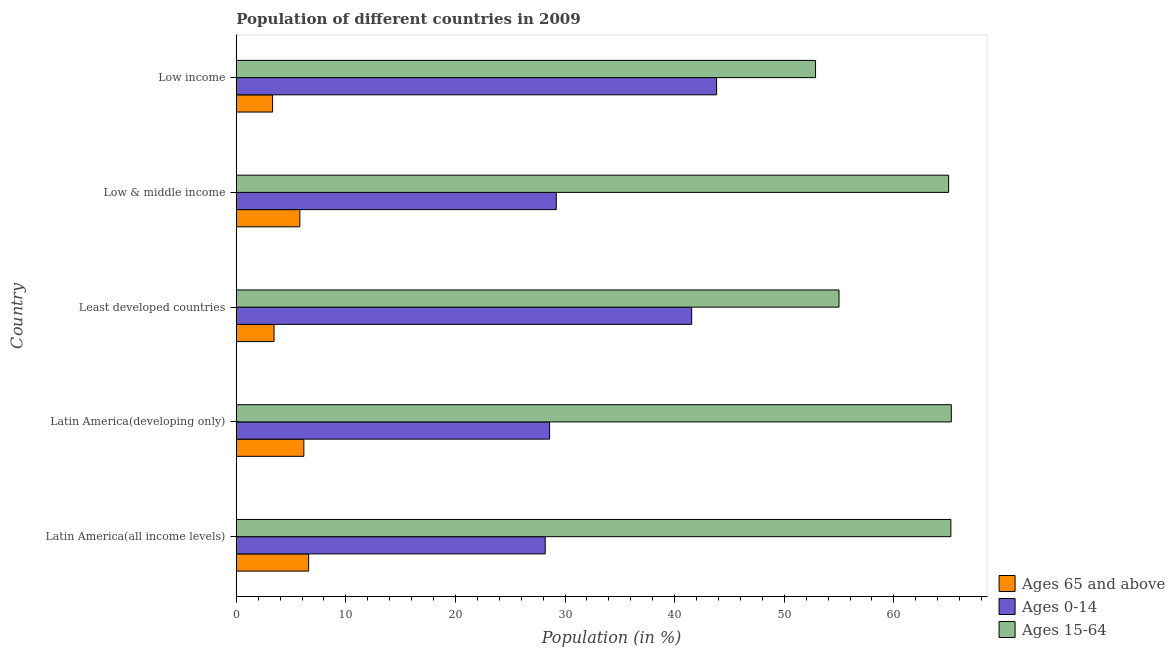
| Country | Ages 65 and above | Ages 0-14 | Ages 15-64 |
 | --- | --- | --- | --- |
 | Latin America(all income levels) | 6.61 | 28.2 | 65.2 |
 | Latin America(developing only) | 6.17 | 28.6 | 65.2 |
 | Least developed countries | 3.45 | 41.6 | 55 |
 | Low & middle income | 5.8 | 29.2 | 65 |
 | Low income | 3.32 | 43.8 | 52.9 |